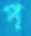
প